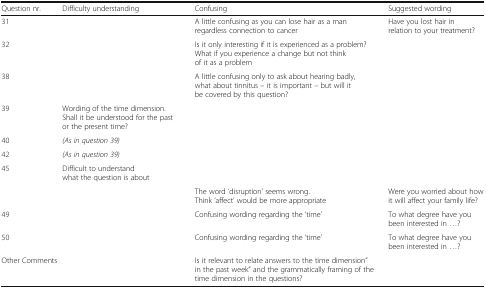
| Question nr. | Difficulty understanding | Confusing | Suggested wording |
 | --- | --- | --- | --- |
 | 31 |  | A little confusing as you can lose hair as a man regardless connection to cancer | Have you lost hair in relation to your treatment? |
 | 32 |  | Is it only interesting if it is experienced as a problem? What if you experience a change but not think of it as a problem |  |
 | 38 |  | A little confusing only to ask about hearing badly, what about tinnitus – it is important – but will it be covered by this question? |  |
 | 39 | Wording of the time dimension. Shall it be understood for the past or the present time? |  |  |
 | 40 | (As in question 39) |  |  |
 | 42 | (As in question 39) |  |  |
 | <ROWSPAN=2> 45 | Difficult to understand what the question is about |  |  |
 |  | The word ‘disruption’ seems wrong. Think ‘affect’ would be more appropriate | Were you worried about how it will affect your family life? |
 | 49 |  | Confusing wording regarding the ‘time’ | To what degree have you been interested in ...? |
 | 50 |  | Confusing wording regarding the ‘time’ | To what degree have you been interested in ...? |
 | <COLSPAN=2> Other Comments | <COLSPAN=2> Is it relevant to relate answers to the time dimension” in the past week” and the grammatically framing of the time dimension in the questions? |